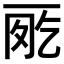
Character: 𠀸